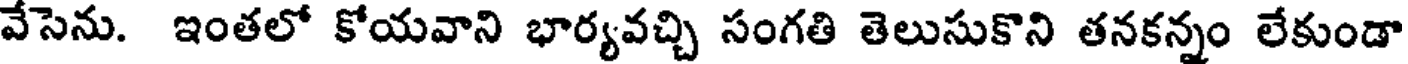
వేసెను. ఇంతలో కోయవాని భార్యవచ్చి సంగతి తెలుసుకొని తనకన్నం లేకుండా